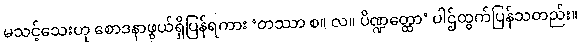
မသင့်သေးဟု စောဒနာဖွယ်ရှိပြန်ရကား ‘တဿာ စ။ လ။ ပိဏ္ဍတ္ထော’ ပါဌ်ထွက်ပြန်သတည်း။